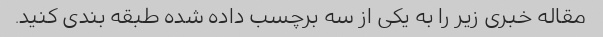
مقاله خبری زیر را به یکی از سه برچسب داده شده طبقه بندی کنید.